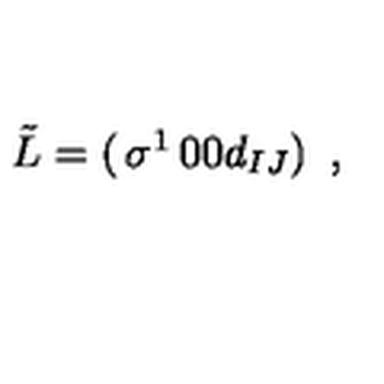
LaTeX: \tilde { L } = \left( \begin{matrix} { \sigma ^ { 1 } } & { 0 } \\ { 0 } & { d _ { I J } } \\ \end{matrix} \right) \ ,